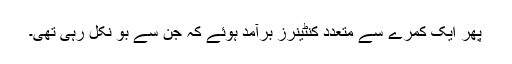
پھر ایک کمرے سے متعدد کنٹینرز برآمد ہوئے کہ جن سے بُو نکل رہی تھی۔